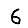
Digit: 6